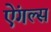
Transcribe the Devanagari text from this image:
ऐंगल्स